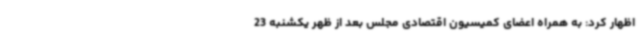
اظهار کرد: به همراه اعضای کمیسیون اقتصادی مجلس بعد از ظهر یکشنبه 23